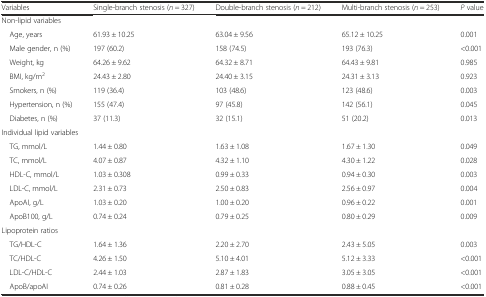
<table><thead><tr><td><b>Variables</b></td><td><b>Single-branch stenosis (<i>n</i> = 327)</b></td><td><b>Double-branch stenosis (<i>n</i> = 212)</b></td><td><b>Multi-branch stenosis (<i>n</i> = 253)</b></td><td><b><i>P</i> value</b></td></tr></thead><tbody><tr><td colspan="5">Non-lipid variables</td></tr><tr><td> Age, years</td><td>61.93 ± 10.25</td><td>63.04 ± 9.56</td><td>65.12 ± 10.25</td><td>0.001</td></tr><tr><td> Male gender, n (%)</td><td>197 (60.2)</td><td>158 (74.5)</td><td>193 (76.3)</td><td>&lt;0.001</td></tr><tr><td> Weight, kg</td><td>64.26 ± 9.62</td><td>64.32 ± 8.71</td><td>64.43 ± 9.81</td><td>0.985</td></tr><tr><td> BMI, kg/m<sup>2</sup></td><td>24.43 ± 2.80</td><td>24.40 ± 3.15</td><td>24.31 ± 3.13</td><td>0.923</td></tr><tr><td> Smokers, n (%)</td><td>119 (36.4)</td><td>103 (48.6)</td><td>123 (48.6)</td><td>0.003</td></tr><tr><td> Hypertension, n (%)</td><td>155 (47.4)</td><td>97 (45.8)</td><td>142 (56.1)</td><td>0.045</td></tr><tr><td> Diabetes, n (%)</td><td>37 (11.3)</td><td>32 (15.1)</td><td>51 (20.2)</td><td>0.013</td></tr><tr><td colspan="5">Individual lipid variables</td></tr><tr><td> TG, mmol/L</td><td>1.44 ± 0.80</td><td>1.63 ± 1.08</td><td>1.67 ± 1.30</td><td>0.049</td></tr><tr><td> TC, mmol/L</td><td>4.07 ± 0.87</td><td>4.32 ± 1.10</td><td>4.30 ± 1.22</td><td>0.028</td></tr><tr><td> HDL-C, mmol/L</td><td>1.03 ± 0.308</td><td>0.99 ± 0.33</td><td>0.94 ± 0.30</td><td>0.003</td></tr><tr><td> LDL-C, mmol/L</td><td>2.31 ± 0.73</td><td>2.50 ± 0.83</td><td>2.56 ± 0.97</td><td>0.004</td></tr><tr><td> ApoAI, g/L</td><td>1.03 ± 0.20</td><td>1.00 ± 0.20</td><td>0.96 ± 0.22</td><td>0.001</td></tr><tr><td> ApoB100, g/L</td><td>0.74 ± 0.24</td><td>0.79 ± 0.25</td><td>0.80 ± 0.29</td><td>0.009</td></tr><tr><td colspan="5">Lipoprotein ratios</td></tr><tr><td> TG/HDL-C</td><td>1.64 ± 1.36</td><td>2.20 ± 2.70</td><td>2.43 ± 5.05</td><td>0.003</td></tr><tr><td> TC/HDL-C</td><td>4.26 ± 1.50</td><td>5.10 ± 4.01</td><td>5.12 ± 3.33</td><td>&lt;0.001</td></tr><tr><td> LDL-C/HDL-C</td><td>2.44 ± 1.03</td><td>2.87 ± 1.83</td><td>3.05 ± 3.05</td><td>&lt;0.001</td></tr><tr><td> ApoB/apoAI</td><td>0.74 ± 0.26</td><td>0.81 ± 0.28</td><td>0.88 ± 0.45</td><td>&lt;0.001</td></tr></tbody></table>